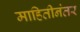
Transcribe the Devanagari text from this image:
माहितीनंतर